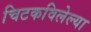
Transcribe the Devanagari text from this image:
चिटकविलेल्या